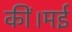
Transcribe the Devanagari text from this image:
कीं।मई